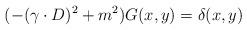
LaTeX: \begin{align*}(-(\gamma\cdot D)^{2} + m^{2}) G(x,y) = \delta(x,y)\end{align*}